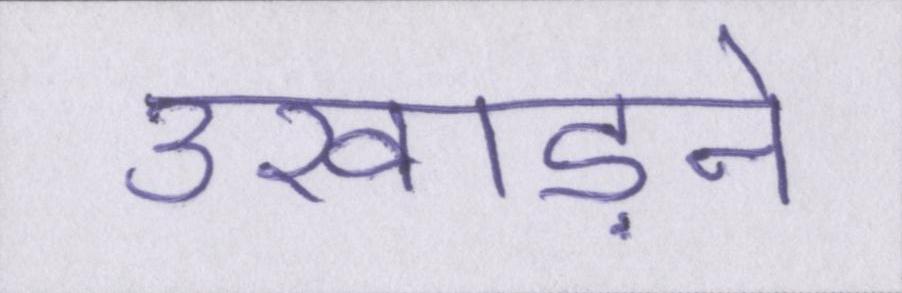
उखाड़ने